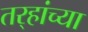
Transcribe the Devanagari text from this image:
तर्‍हांच्या